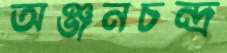
অঞ্জনচন্দ্র